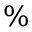
\%